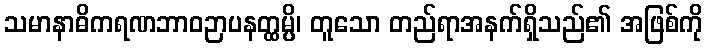
သမာနာဓိကရဏဘာဝဉာပနတ္ထမ္ပိ၊ တူသော တည်ရာအနက်ရှိသည်၏ အဖြစ်ကို